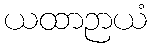
ယထာဉာယံ